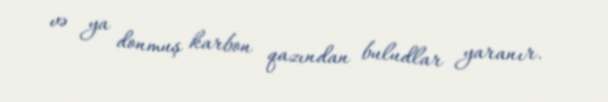
və ya donmuş karbon qazından buludlar yaranır.